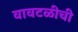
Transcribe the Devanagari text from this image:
वावटळीची